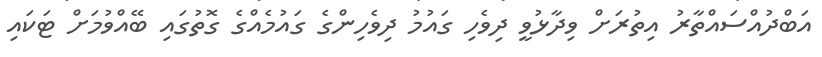
އަބްދުއްސައްތާރު އިތުރަށް ވިދާޅުވީ ދިވެހި ގައުމު ދިވެހިންގެ ގައުމެއްގެ ގޮތުގައި ބޭއްވުމަށް ޓަކައި